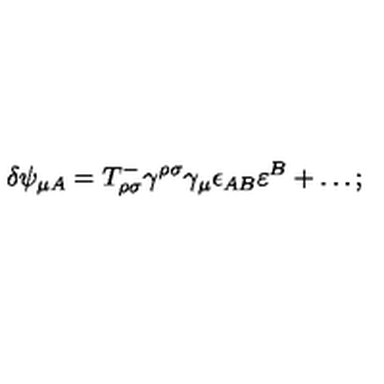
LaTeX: \delta \psi _ { \mu A } = T _ { \rho \sigma } ^ { - } \gamma ^ { \rho \sigma } \gamma _ { \mu } \epsilon _ { A B } \varepsilon ^ { B } + \ldots ;